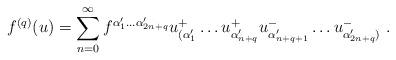
LaTeX: \begin{align*}f^{(q)}(u) = \sum^\infty_{n=0} f^{\alpha'_1 \ldots \alpha'_{2n+q}}u^+_{(\alpha'_1} \ldots u^+_{\alpha'_{n+q}} u^-_{\alpha'_{n+q+1}}\ldots u^-_{\alpha'_{2n+q})} \ .\end{align*}